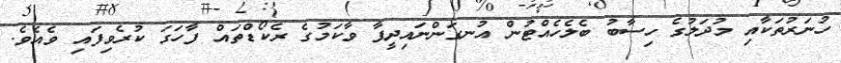
ހުނަރުތަކާއި މުދަލުގެ ހިސާބު ބެލެހެއްޓުން އުނގަންނައިދީފާ ވާކަމުގެ ރެކޯޑްތައް ފާހަގަ ކުރެވިފައި ވެއެވެ.